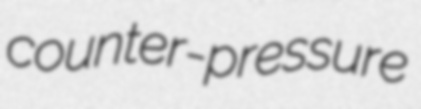
counter-pressure